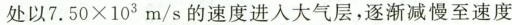
处以$$7 . 5 0 × 10 ^ { 3 }$$m/s的速度进入大气层，逐渐减慢至速度